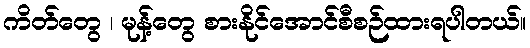
ကိတ်တွေ ၊ မုန့်တွေ စားနိုင်အောင်စီစဉ်ထားရပါတယ်။